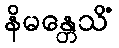
နိမန္တေသိံ